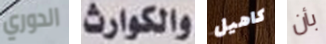
الدوري والكوارث كاهيل بأن